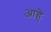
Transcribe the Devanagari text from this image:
आहेे